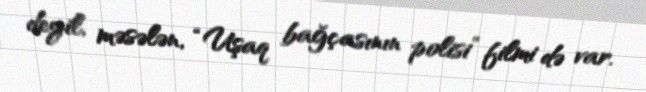
deyil, məsələn, “Uşaq bağçasının polisi” filmi də var.